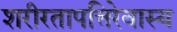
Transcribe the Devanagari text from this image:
शरीरतापत्तिरेवास्य